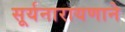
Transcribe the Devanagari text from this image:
सूर्यनारायणाने